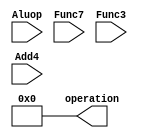
module AluControl (
    input [4:0] Aluop,
    input [6:0] Func7,
    input [2:0] Func3,
    input Add4,
    output reg [4:0]operation
);

initial operation<=0;

always @(*) 
begin
    // case (Aluop)
    //     //`ALU_ADD_LUI:
        
    // endcase
end
endmodule